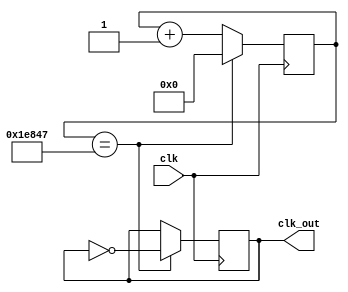
module clk_div
(
	input clk,
	output reg clk_out
);

reg [16:0] cnt; 

always @(posedge clk) begin
	if (cnt == 17'd124999)
		begin
			cnt <= 17'd0;
			clk_out <= ~clk_out;
		end
	else 
		cnt <= cnt + 17'd1;
end

endmodule